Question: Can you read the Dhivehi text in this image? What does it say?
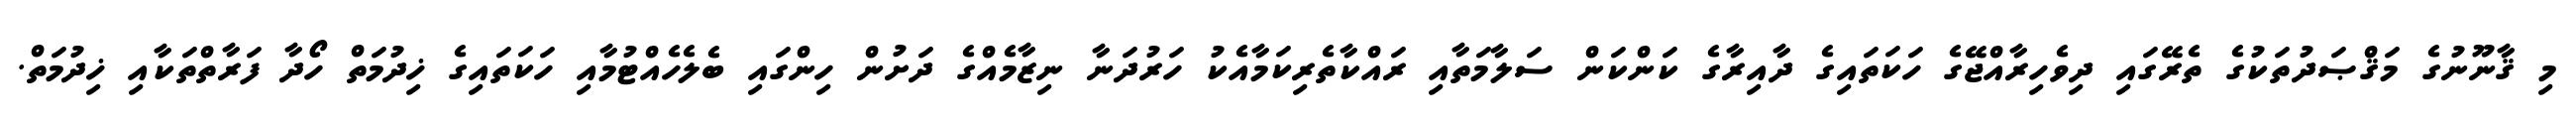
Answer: މި ޤާނޫނުގެ މަޤްޞަދުތަކުގެ ތެރޭގައި ދިވެހިރާއްޖޭގެ ހަކަތައިގެ ދާއިރާގެ ކަންކަން ސަލާމަތާއި ރައްކާތެރިކަމާއެކު ހަރުދަނާ ނިޒާމެއްގެ ދަށުން ހިންގައި ބެލެހެއްޓުމާއި ހަކަތައިގެ ޚިދުމަތް ހޯދާ ފަރާތްތަކާއި ޚިދުމަތް.